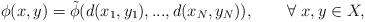
LaTeX: \begin{align*}\phi(x,y)=\tilde{\phi}(d(x_1,y_1),...,d(x_N,y_N)),\qquad\forall\ x,y\in X,\end{align*}